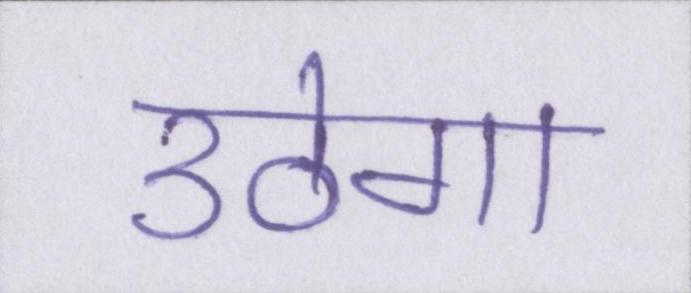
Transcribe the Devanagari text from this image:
उठेगा